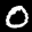
Label: 0